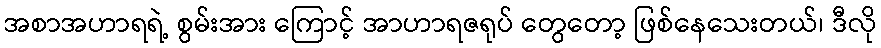
အစာအဟာရရဲ့ စွမ်းအား ကြောင့် အာဟာရဇရုပ် တွေတော့ ဖြစ်နေသေးတယ်၊ ဒီလို